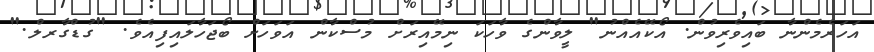
އަހަރެމެންނާ ބައިވެރިވުން. އޯކޭއެއްނު" ލީވާންގެ ވާހަކަ ނިމޭއިރަށް މުސްކާން އަވަހަށް ބޯޖަހާލައިފިއެވެ. "ގުޑްގާރލް."